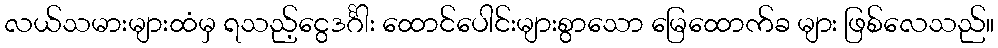
လယ်သမားများထံမှ ရသည့်ငွေဒင်္ဂါး ထောင်ပေါင်းများစွာသော မြေထောက်ခ များ ဖြစ်လေသည်။